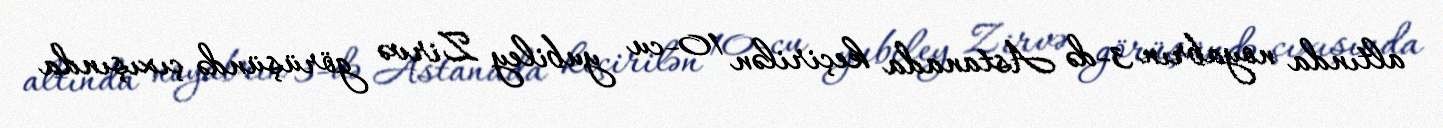
altında noyabrın 3-də Astanada keçirilən 10-cu yubiley Zirvə görüşündə çıxışında